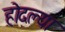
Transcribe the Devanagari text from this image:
होदल्या